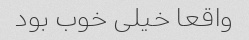
واقعا خیلی خوب بود